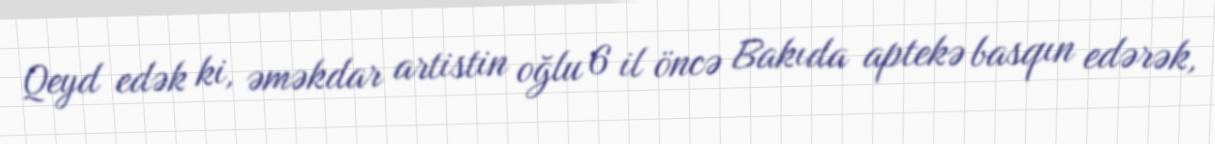
Qeyd edək ki, əməkdar artistin oğlu 6 il öncə Bakıda aptekə basqın edərək,